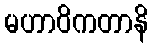
မဟာဝိကတာနိ